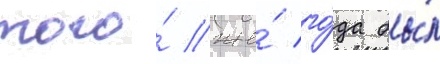
того́ же́ го́да бы́л